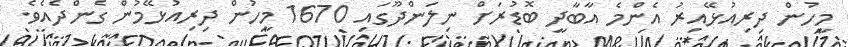
މީހުން ދިރިއުޅޭއިރު އެންމެ އާބާދީ ބޮޑުރަށް ނިލަންދޫގައި 1670 މީހުން ދިރިއުޅޭމުން ގެންދެއެވެ.